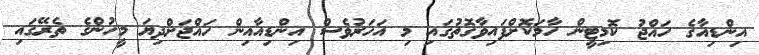
އިންޑިއާގެ ހައްޖު ކޮމިޓީން ހާމަކޮށްފައިވާގޮތުގައި މި އަހަރުވެސް އިންޑިއާއިން ހައްޖަށްދިޔަ މީހުންގެ ތެރޭގައި